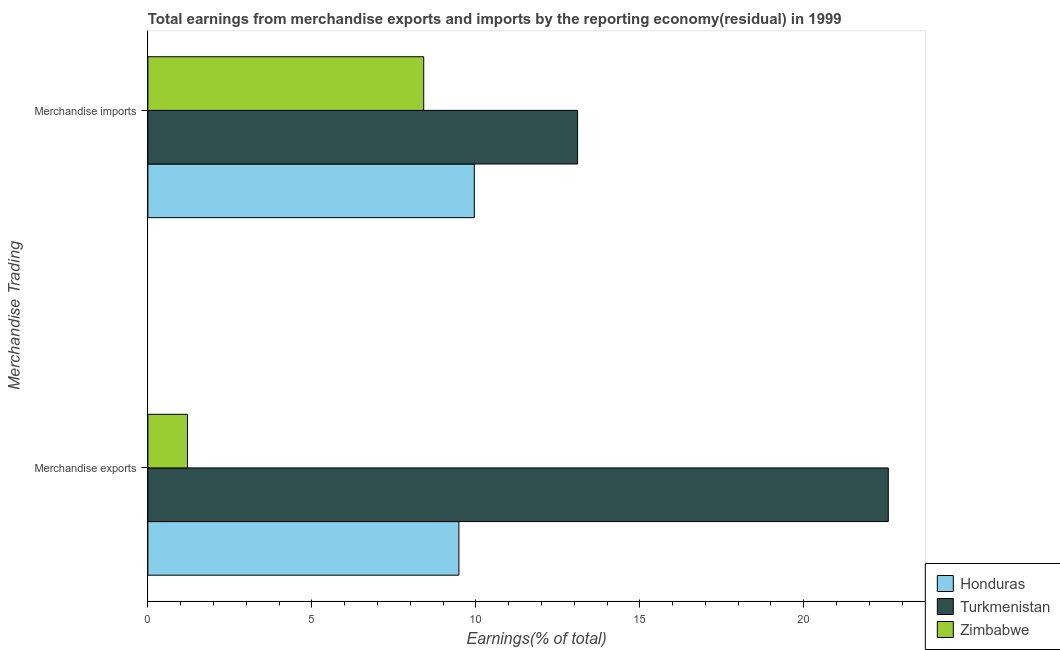
| Merchandise Trading | Honduras | Turkmenistan | Zimbabwe |
 | --- | --- | --- | --- |
 | Merchandise exports | 9.48 | 22.6 | 1.21 |
 | Merchandise imports | 9.95 | 13.1 | 8.41 |